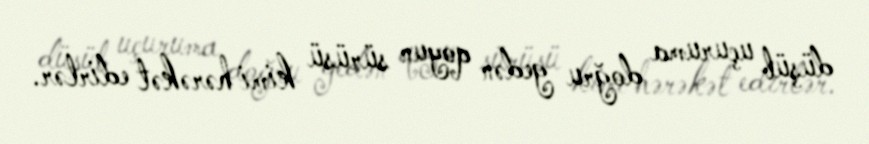
düşüb uçuruma doğru gedən qoyun sürüsü kimi hərəkət edirlər.